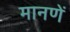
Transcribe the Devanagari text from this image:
मानणें